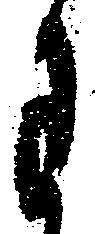
わ